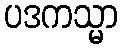
ပဒကသ္မာ